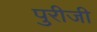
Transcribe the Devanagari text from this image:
पुरीजी